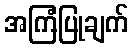
အကြံပြုချက်